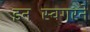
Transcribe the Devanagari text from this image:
इनस्विंगरने